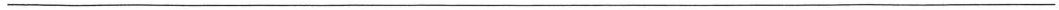
\underline{}